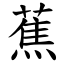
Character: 蕉